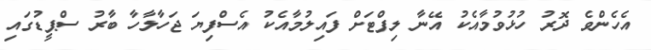
އެހެންވެ ދޮރު ހުޅުވުމާއެކު އޭނާ ލިފްޓަށް ފައިލުމާއެކު އެސްފިޔަ ޖަހާލާހާ ބާރު ސްޕީޑުގައި